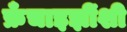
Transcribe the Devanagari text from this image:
फ्रँचाइझींशी